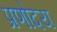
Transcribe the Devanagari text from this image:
प्रणोदय